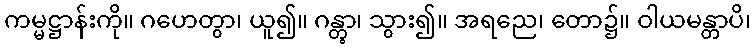
ကမ္မဋ္ဌာန်းကို။ ဂဟေတွာ၊ ယူ၍။ ဂန္တွာ၊ သွား၍။ အရညေ၊ တော၌။ ဝါယမန္တာပိ၊